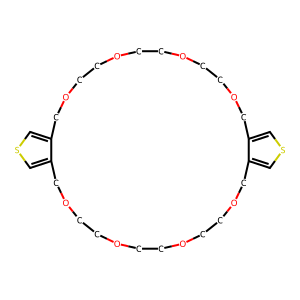
SMILES: c1scc2c1COCCOCCOCCOCc1cscc1COCCOCCOCCOC2
Inhibits HIV replication: No